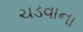
ચડવાના